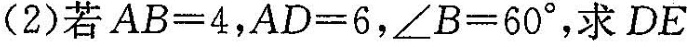
(2)若$$A B = 4$$，$$A D = 6$$，$$∠ B = 6 0 °$$，求DE